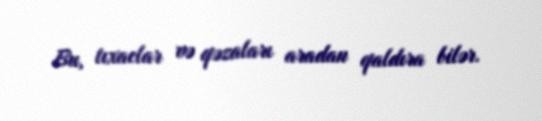
Bu, tıxaclar və qəzaları aradan qaldıra bilər.